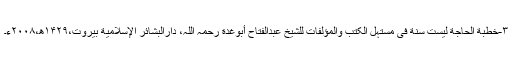
۳-خطبة الحاجة لیست سنّة فی مستہلّ الکتب والمؤلفات للشیخ عبدالفتّاح أبوغدّة رحمہ اللّٰہ، دارالبشائر الإسلامیة بیروت،۱۴۲۹ھ،۲۰۰۸ء۔